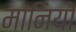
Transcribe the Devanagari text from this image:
मानियो